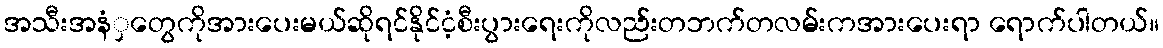
အသီးအနံှတွေကိုအားပေးမယ်ဆိုရင်နိုင်ငံ့စီးပွားရေးကိုလည်းတဘက်တလမ်းကအားပေးရာ ရောက်ပါတယ်။